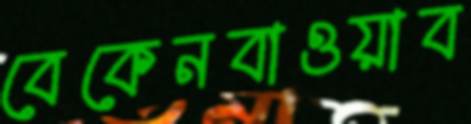
বেকেনবাওয়াব